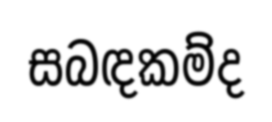
සබඳකම්ද